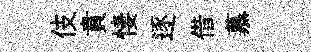
伎賁悽逐借慕